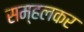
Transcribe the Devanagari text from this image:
सम्हलकर